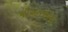
પીઆરસીએ